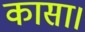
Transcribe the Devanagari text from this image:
कासा।